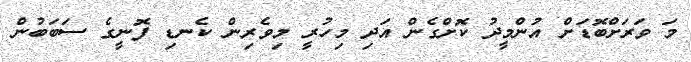
މަ ވަރަށްބޮޑަށް އުންމީދު ކޮށްގެން އަދި މިހުރީ މިވެރިން ކެނޑި ފޮނީގެ ސަބަބުން